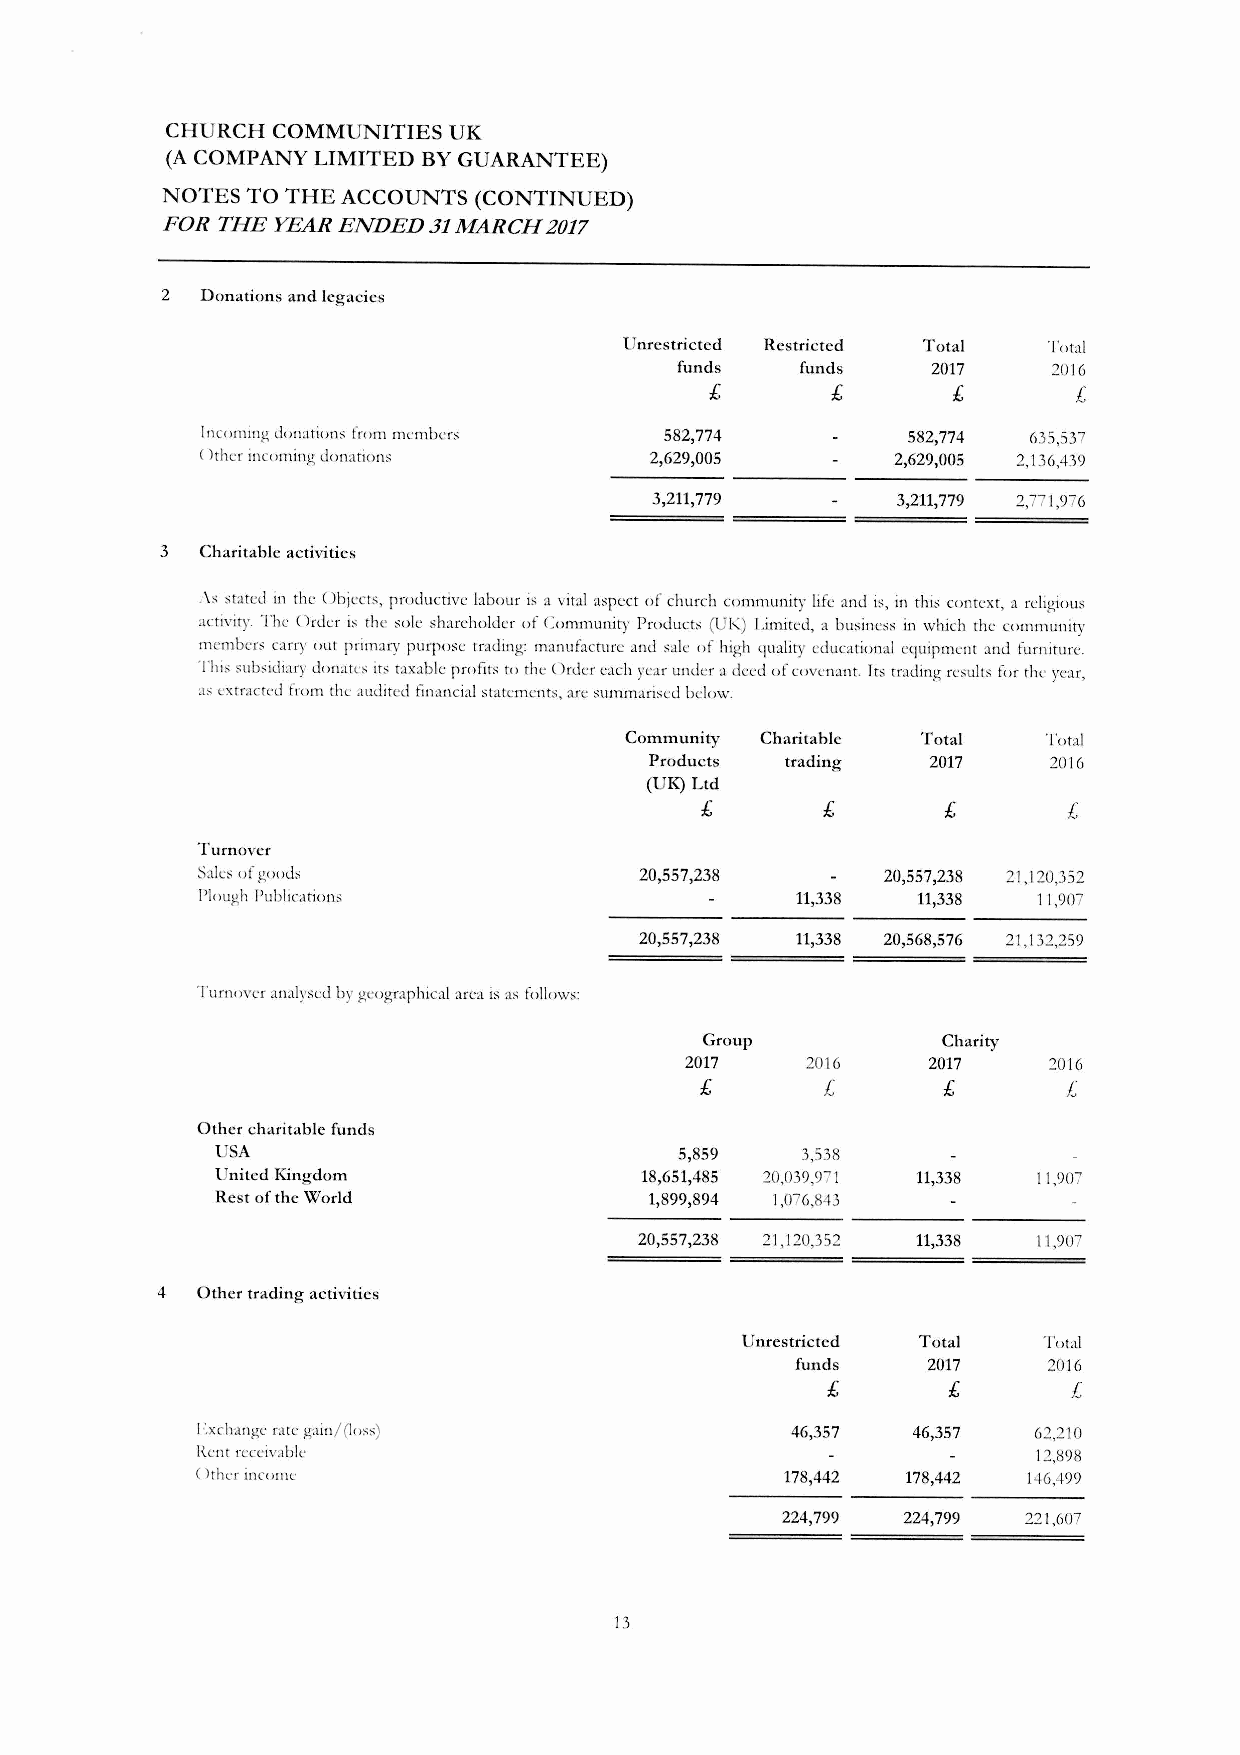
CHURCH COMMUNITIES UK
 (ACOMPANY LIMITED BYGUARANTEE)
 NOTES TO THE ACCOUNTS (CONTINUED)
 FOR THE YEAR ENDED 31MARCH 2017
 2 Donations and legacies
 Unrestricted Restricted Total To!"al
 funds   funds    2017    2016
 £       £       £       £
 IIlC0t11ing u()ll:ltion:-; fr0t11 m<:nlbcrs 582,774 582,774 635,537
 ()ther incoming donarion>     2,629,005       2,629,005 2,136,439
 3,211,779       3,211,779 2,771,976
 3 Charitable activities
 ,\s srated In the Objects, productive labour is a vital aspect of church cnmmunity life and is, in this context, a religious
 activiry. The Order is the sole shareholder of Community Products (UI,) Limited, a business in which the community
 members carry out primary purp()se trading: manufacrure and sale of high lluality educational elluipment and furniture.
 This subsidiary donates irs raxabk profits to rhe Order each year under aeked of covenant. Irs rrading resulrs for rhe year,
 as exrracred from the audircd financial sratements, an.:summarised bel()w.
 Community Charitahle Total  T()tal
 Products trading   2017   2016
 (UK) Ltd
 £       £       £        £
 Turnover
 S:tles ()fgoods              20,557,238      20,557,238 21,120,352
 Plough Publicati()ns                    11,338  11,338  11,907
 20,557,238 11,338 20,568,576 21,132,259
 Turnover analysed by geographical area isas follows:
 Group          Charity
 2017    2016    2017    2016
 £        £      £        £
 Other charitable funds
 USA                            5,859   3,538
 United Kingdom              18,651,485 20,039,971 11,338 11,907
 Rest of the World            1,899,894 1,076,843
 20,557,238 21,120,352 11,338 11,907
 4  Other trading activities
 Unrestricted Total  Total
 funds   2017    2016
 £       £       £
 l':xchange rate gain/ (loss)           46,357  46,357  62,210
 Rent receivable                                         12,898
 (lrher income                          178,442 178,442 146,499
 224,799 224,799 221,607
 13